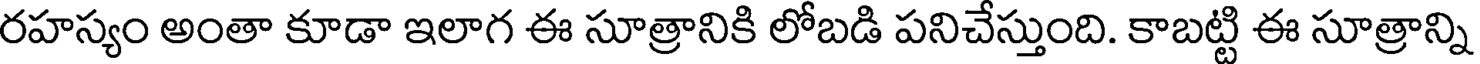
రహస్యం అంతా కూడా ఇలాగ ఈ సూత్రానికి లోబడి పనిచేస్తుంది. కాబట్టి ఈ సూత్రాన్ని